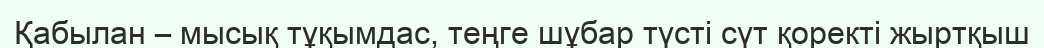
Қабылан – мысық тұқымдас, теңге шұбар түсті сүт қоректі жыртқыш